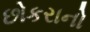
છોકરાનો